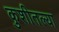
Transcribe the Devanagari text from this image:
कुशीतल्या